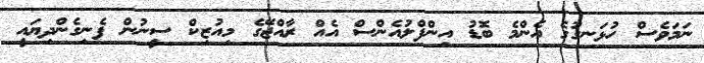
ނަމަވެސް ހުޅަނގުގެ އެންމެ ބޮޑު އިންފްލުއެންސް އެއް ރާއްޖޭގެ މިއުޒިކް ސީނުން ފެނިގެންދިޔައީ